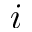
i